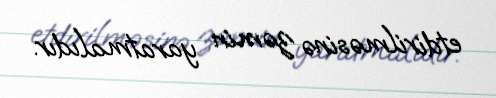
etdirilməsinə zəmin yaratmalıdır.